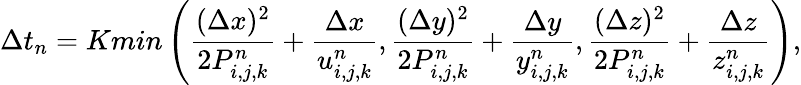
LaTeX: \Delta t_{n}=Kmin\left(\frac{(\Delta x)^{2}}{2P_{i,j,k}^{n}}+\frac{\Delta x}{u_{i,j,k}^{n}},\frac{(\Delta y)^{2}}{2P_{i,j,k}^{n}}+\frac{\Delta y}{y_{i,j,k}^{n}},\frac{(\Delta z)^{2}}{2P_{i,j,k}^{n}}+\frac{\Delta z}{z_{i,j,k}^{n}}\right),